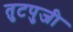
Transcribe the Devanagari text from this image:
तुटपुजी